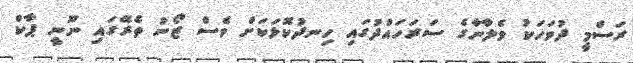
ރަސްމީ ދުވަހަކު ވެލާނާގެ ސަރަހައްދުގައި ހިނދުކޮޅަކަށް ވެސް ޒޯނު ތެރޭގައި ނޫނީ ޕާކް